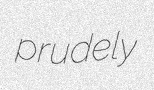
prudely